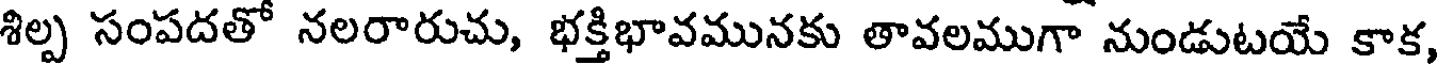
శిల్ప సంపదతో నలరారుచు, భక్తిభావమునకు తావలముగా నుండుటయే కాక,